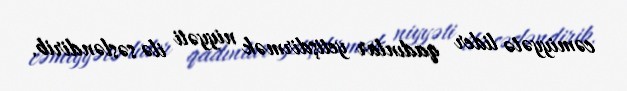
cəmiyyətə lider qadınlar yetişdirmək niyyəti ilə səsləndirib.